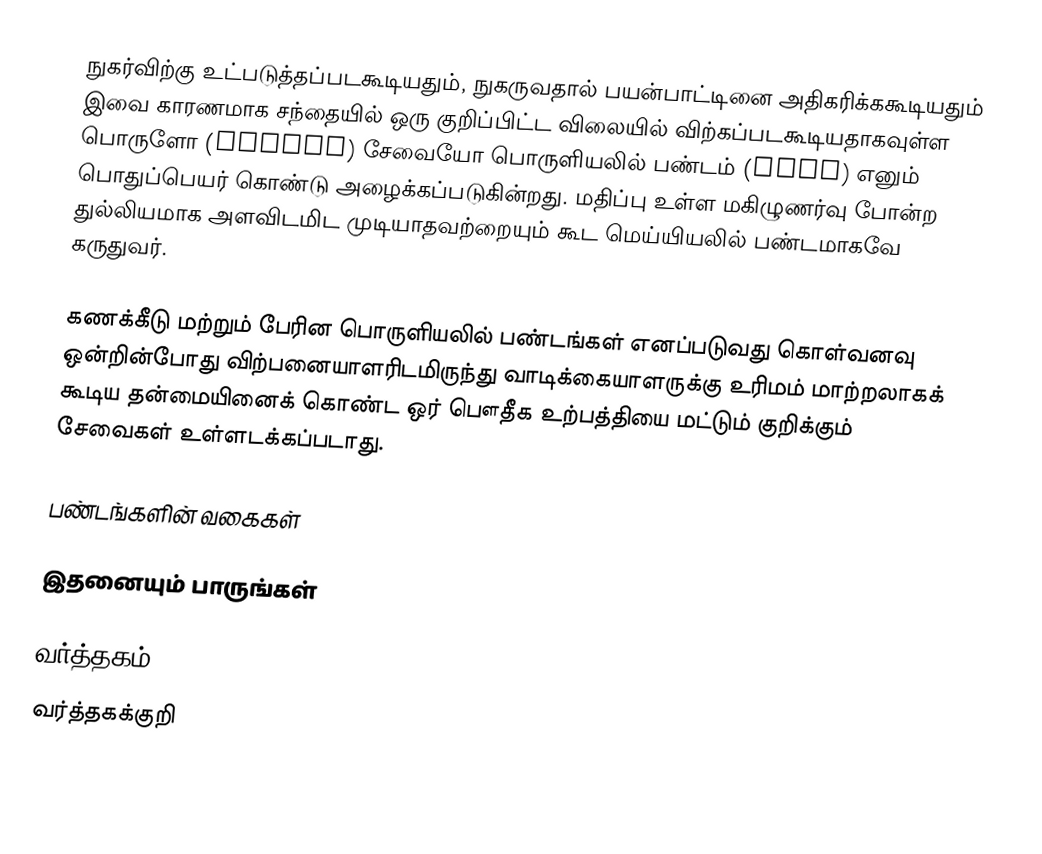
நுகர்விற்கு உட்படுத்தப்படகூடியதும், நுகருவதால் பயன்பாட்டினை அதிகரிக்ககூடியதும் இவை காரணமாக சந்தையில் ஒரு குறிப்பிட்ட விலையில் விற்கப்படகூடியதாகவுள்ள பொருளோ (object) சேவையோ பொருளியலில் பண்டம் (Good) எனும் பொதுப்பெயர் கொண்டு அழைக்கப்படுகின்றது. மதிப்பு உள்ள மகிழுணர்வு போன்ற துல்லியமாக அளவிடமிட முடியாதவற்றையும் கூட மெய்யியலில் பண்டமாகவே கருதுவர்.

கணக்கீடு மற்றும் பேரின பொருளியலில் பண்டங்கள் எனப்படுவது கொள்வனவு ஒன்றின்போது விற்பனையாளரிடமிருந்து வாடிக்கையாளருக்கு உரிமம் மாற்றலாகக் கூடிய தன்மையினைக் கொண்ட ஒர் பௌதீக உற்பத்தியை மட்டும் குறிக்கும் சேவைகள் உள்ளடக்கப்படாது.

பண்டங்களின் வகைகள்

இதனையும் பாருங்கள்

வர்த்தகம்
வர்த்தகக்குறி